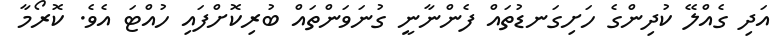
އަދި ގެއްލޭ ކުދިންގެ ހަށިގަނޑުތައް ފެންނާނީ ގުނަވަންތައް ބުރިކޮށްފައި ހުއްޓަ އެވެ. ކޮރޯމާ